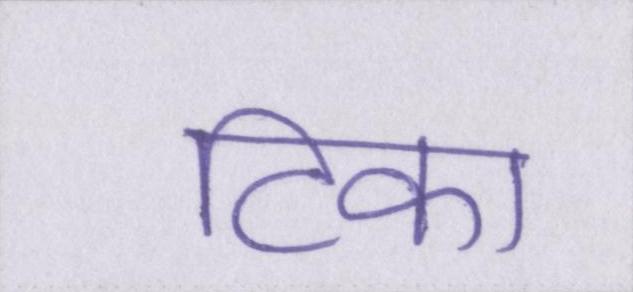
टिका